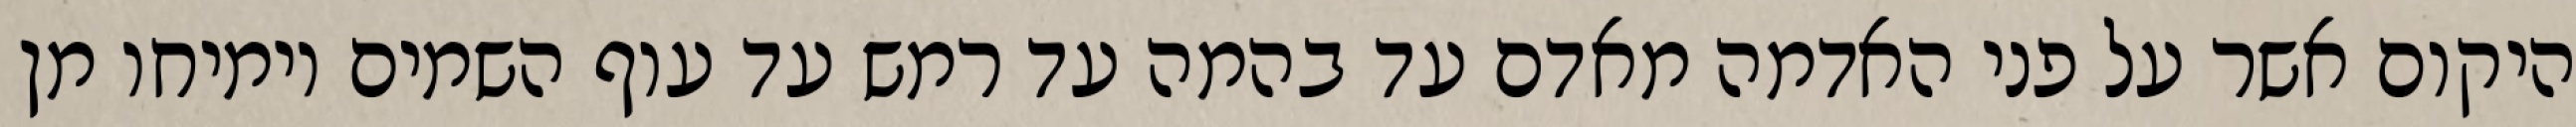
היקום אשר על פני האדמה מאדם עד בהמה עד רמש עד עוף השמים וימיחו מן